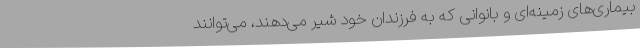
بیماری‌های زمینه‌ای و بانوانی که به فرزندان خود شیر می‌دهند، می‌توانند